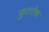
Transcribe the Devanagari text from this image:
फुटतेच